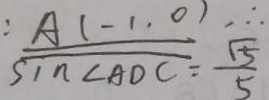
\frac { A ( - 1 , 0 ) } { \sin \angle A D C } = \frac { \sqrt { 5 } } { 5 }